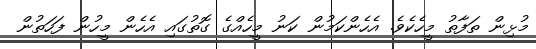
މުޅިން ތަފާތު މީހެކެވެ. އެހެންކަމުން ކަނު މީހެއްގެ ގޮތުގައި އެހެން މީހުން ފަހަތުން